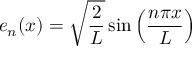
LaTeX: e _ { n } ( x ) = { \sqrt { \frac { 2 } { L } } } \sin \left( { \frac { n \pi x } { L } } \right)